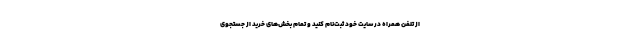
از تلفن همراه در سایت خود ثبت‌نام کنید و تمام بخش‌های خرید از جستجوی